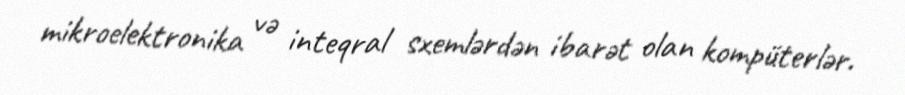
mikroelektronika və inteqral sxemlərdən ibarət olan kompüterlər.